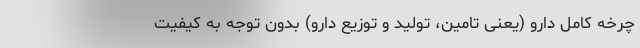
چرخه کامل دارو (یعنی تامین، تولید و توزیع دارو) بدون توجه به کیفیت